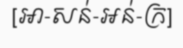
[អា-សន់-អន់-ក្រ]